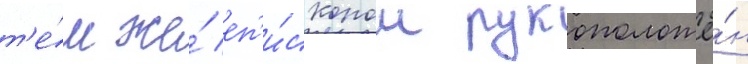
т'е́м же́ еп'и́скопом рукоположё́н